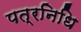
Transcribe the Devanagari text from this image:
पत्रनिधि